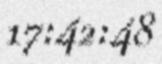
17:42:48